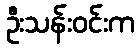
ဦးသန်းဝင်းက